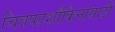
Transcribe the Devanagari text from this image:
चित्रपटशौकिनांसाठी